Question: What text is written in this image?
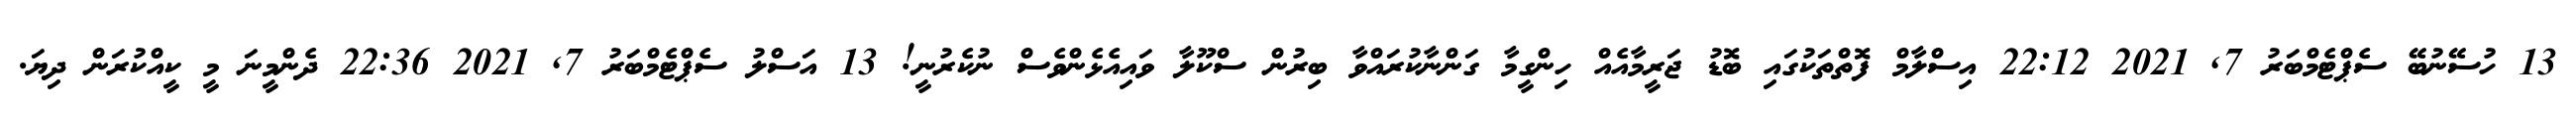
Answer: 13 ހުސޭނުބޭ ސެޕްޓެމްބަރު 7, 2021 22:12 އިސްލާމް ފޮތްތަކުގައި ބޮޑު ޖަރީމާއެއް ހިންގީމާ ގަންނާކުރައްވާ ބިރުން ސްކޫލާ ވައިއެޅެންވެސް ނުކެރުނީ! 13 އަސްލު ސެޕްޓެމްބަރު 7, 2021 22:36 ދެންމީނަ މީ ކީއްކުރަން ދިޔަ.